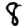
Digit: 8